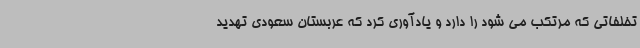
تخلفاتی که مرتکب می شود را دارد و یادآوری کرد که عربستان سعودی تهدید